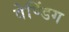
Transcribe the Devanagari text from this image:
वेण्डिंग